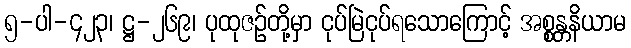
၅-ပါ-၄၂၃၊ ဋ္ဌ-၂၆၉၊ ပုထုဇဉ်တို့မှာ ငုပ်မြဲငုပ်ရသောကြောင့် အစ္စန္တနိယာမ